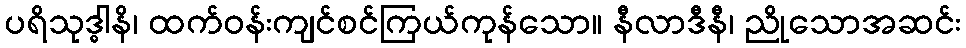
ပရိသုဒ္ဓါနိ၊ ထက်ဝန်းကျင်စင်ကြယ်ကုန်သော။ နီလာဒီနီ၊ ညိုသောအဆင်း